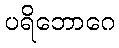
ပရိဘောဂေ